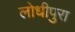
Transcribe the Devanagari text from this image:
लोधीपुरा